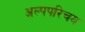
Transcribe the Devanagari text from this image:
अल्पपरिचय